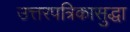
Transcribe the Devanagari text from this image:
उत्तरपत्रिकासुद्धा